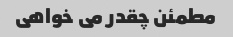
مطمئن چقدر می خواهی